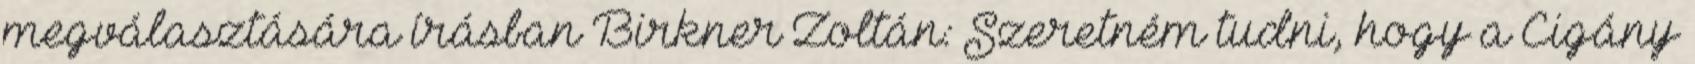
megválasztására írásban Birkner Zoltán: Szeretném tudni, hogy a Cigány